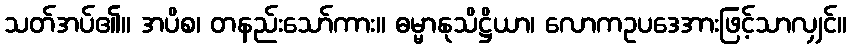
သတ်အပ်၏။ အပိစ၊ တနည်းသော်ကား။ ဓမ္မာနုသိဋ္ဌိယာ၊ လောကဥပဒေအားဖြင့်သာလျှင်။